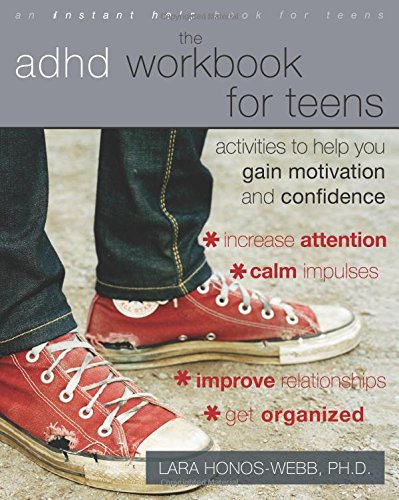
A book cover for The ADHD Workbook for Teens: Activities to Help You Gain Motivation and Confidence; Lara Honos-Webb; Teen & Young Adult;